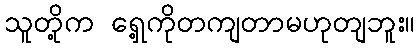
သူတို့က ရှေ့ကိုတကျတာမဟုတျဘူး။